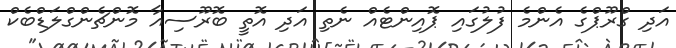
އަދި ގްރޫޕްގެ އެންމެ ފުލުގައި ޕޮއިންޓެއް ނެތި އަދި އޮތީ ބޮރޫސިއާ މޮންޗެންގްލަޑްބެކް